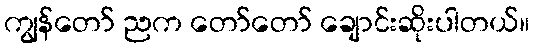
ကျွန်တော် ညက တော်တော် ချောင်းဆိုးပါတယ်။